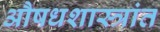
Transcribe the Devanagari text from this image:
औषधशास्त्रांत